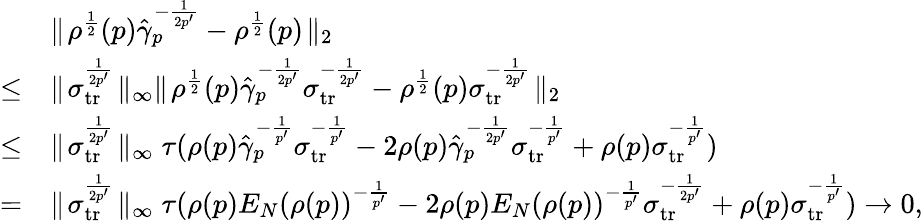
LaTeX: \begin{array}{rl}&{\parallel\! \rho^{\frac{1}{2}}(p)\hat{\gamma}_{p}^{-\frac{1}{2p^{\prime}}}-\rho^{\frac{1}{2}}(p)\! \parallel_{2}}\\ {\le}&{\parallel\! \sigma_{{{\mathrm{tr}}}}^{\frac{1}{2p^{\prime}}}\! \parallel_{\infty}\parallel\! \rho^{\frac{1}{2}}(p)\hat{\gamma}_{p}^{-\frac{1}{2p^{\prime}}}\sigma_{{{\mathrm{tr}}}}^{-\frac{1}{2p^{\prime}}}-\rho^{\frac{1}{2}}(p)\sigma_{{\mathrm{tr}}}^{-\frac{1}{2p^{\prime}}}\! \parallel_{2}}\\ {\le}&{\parallel\! \sigma_{{{\mathrm{tr}}}}^{\frac{1}{2p^{\prime}}}\! \parallel_{\infty}\tau(\rho(p)\hat{\gamma}_{p}^{-\frac{1}{p^{\prime}}}\sigma_{{\mathrm{tr}}}^{-\frac{1}{p^{\prime}}}-2\rho(p)\hat{\gamma}_{p}^{-\frac{1}{2p^{\prime}}}\sigma_{{\mathrm{tr}}}^{-\frac{1}{p^{\prime}}}+\rho(p)\sigma_{{\mathrm{tr}}}^{-\frac{1}{p^{\prime}}})}\\ {=}&{\parallel\! \sigma_{{{\mathrm{tr}}}}^{\frac{1}{2p^{\prime}}}\! \parallel_{\infty}\tau(\rho(p)E_{N}(\rho(p))^{-\frac{1}{p^{\prime}}}-2\rho(p)E_{N}(\rho(p))^{-\frac{1}{p^{\prime}}}\sigma_{{\mathrm{tr}}}^{-\frac{1}{2p^{\prime}}}+\rho(p)\sigma_{{\mathrm{tr}}}^{-\frac{1}{p^{\prime}}})\to 0,}\end{array}